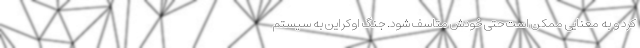
کرد و به معنایی ممکن است حتی خودش متاسف شود. جنگ اوکراین به سیستم